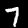
Label: 7